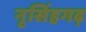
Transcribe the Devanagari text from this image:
नृसिंहगढ़